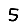
Digit: 5